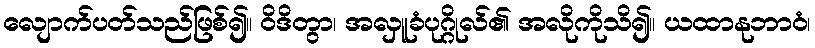
လျောက်ပတ်သည်ဖြစ်၍။ ဝိဒိတွာ၊ အလှူခံပုဂ္ဂိုလ်၏ အလိုကိုသိ၍။ ယထာနုဘာဝံ၊